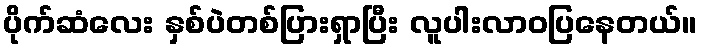
ပိုက်ဆံလေး နှစ်ပဲတစ်ပြားရှာပြီး လူပါးလာဝပြနေတယ်။